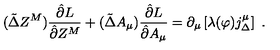
( \tilde { \Delta } Z ^ { M } ) \frac { \hat { \partial } L } { \hat { \partial } Z ^ { M } } + ( \tilde { \Delta } A _ { \mu } ) \frac { \hat { \partial } L } { \hat { \partial } A _ { \mu } } = \partial _ { \mu } \left[ \lambda ( \varphi ) j _ { \Delta } ^ { \mu } \right] \ .